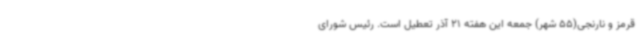
قرمز و نارنجی(55 شهر) جمعه این هفته 21 آذر تعطیل است. رئیس شورای